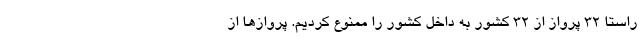
راستا ۳۲ پرواز از ۳۲ کشور به داخل کشور را ممنوع کردیم. پروازها از